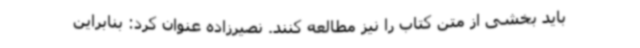
باید بخشی از متن کتاب را نیز مطالعه کنند. نصیرزاده عنوان کرد: بنابراین